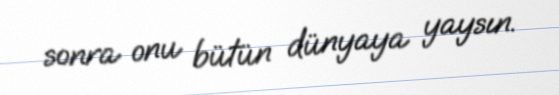
sonra onu bütün dünyaya yaysın.